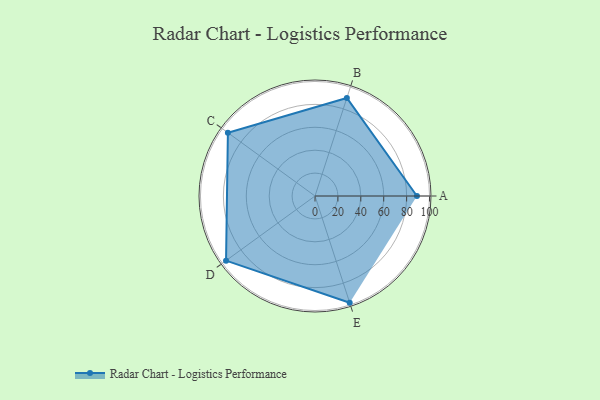
{"axis": {"x": "Skill", "y": "Score"}, "legend": ["Profile"], "data": [{"x": "A", "y": 89.0, "type": "Profile"}, {"x": "B", "y": 90.0, "type": "Profile"}, {"x": "C", "y": 94.0, "type": "Profile"}, {"x": "D", "y": 96.0, "type": "Profile"}, {"x": "E", "y": 98.0, "type": "Profile"}]}